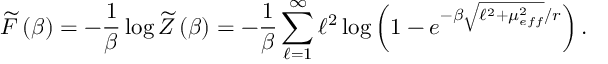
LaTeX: \widetilde { F } \left( \beta \right) = - \frac { 1 } { \beta } \log \widetilde { Z } \left( \beta \right) = - \frac { 1 } { \beta } \sum _ { \ell = 1 } ^ { \infty } \ell ^ { 2 } \log \left( 1 - e ^ { - \beta \sqrt { \ell ^ { 2 } + \mu _ { e f f } ^ { 2 } } / r } \right) .